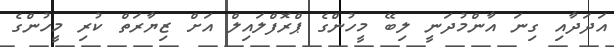
އަދަދާއި ގިނަ އާންމުދަނީ ލިބޭ މީހުންގެ ޕްރޮފްލައިލް އަށް ޒިޔާރަތް ކުރި މީހުންގެ